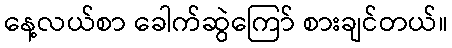
နေ့လယ်စာ ခေါက်ဆွဲကြော် စားချင်တယ်။